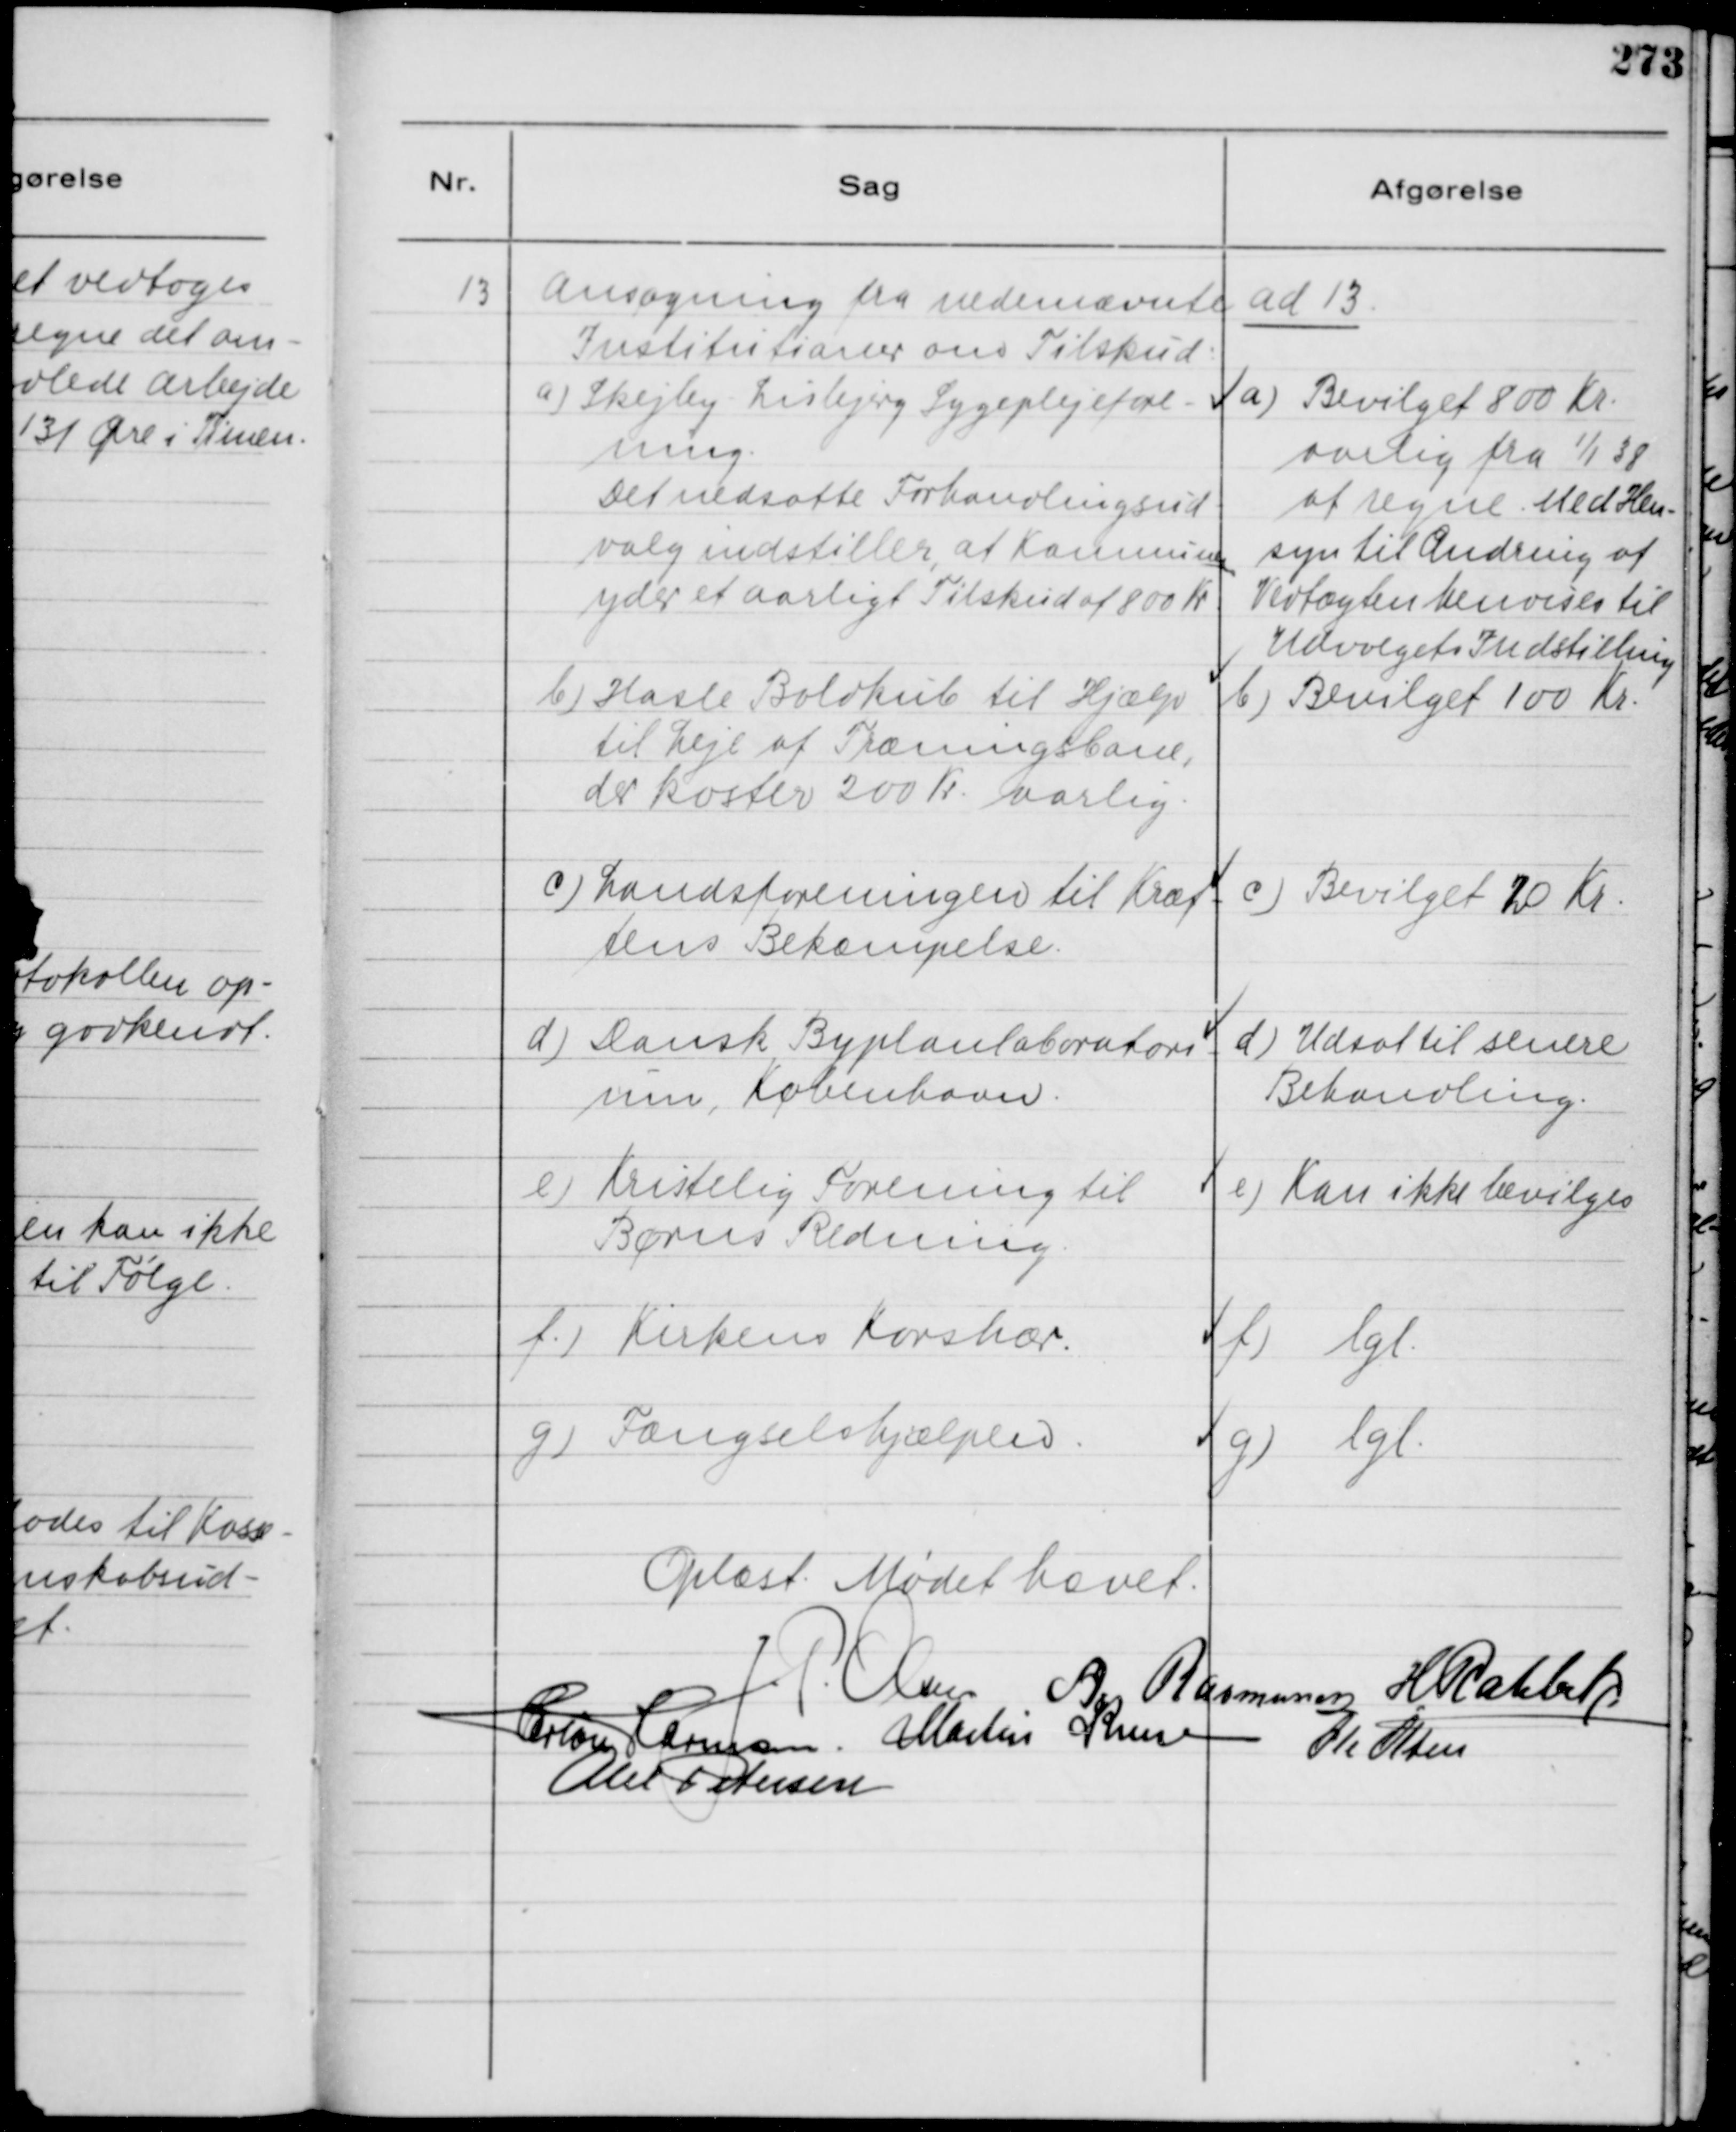
Transskription:
13
Ansøgning fra nedemævnte
Institutioner om Tilskud:
ad 13
a) Skejby - Lisbjerg Sygeplejefore-
ning.
Det nedsatte Forhandlingsud-
valg indstiller at Komnunen
yder et aarligt Tilskud af 800 Kr
a) Bevilget 800 Kr.
aarlig fra 1/1 38
at regne. Med Hen-
syn til Ændring af
Vedtægten henvises til
Udvalgets Indstilling
b) Hasle Boldkub til Hjælp
til Leje af Træningsbane,
der koster 200 Kr. aarlig.
b) Bevilget 100 Kr.
c) Landsforeningen til Kræf-
tens Bekæmpelse.
c) Bevilget 20 Kr.
d) Dansk Byplanlaboratori-
um, København.
d) Udsat til senere
Behandling.
e) Kristelig Forening til
Børns Redning.
e) Kan ikke bevilges
f.) Kirkens Korshær.
f) lgl.
g) Fængselshjælpen.
g) lgl.

Oplæst. Mødet hævet.
J. P. Olsen
A. Rasmussen
H. Rahbek
Herlou Harmsen.
Martin Kruse
Ole Olsen
Alex Petersen